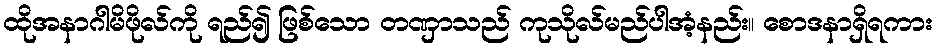
ထိုအနာဂါမိဖိုလ်ကို ရည်၍ ဖြစ်သော တဏှာသည် ကုသိုလ်မည်ပါအံ့နည်း။ စောဒနာရှိရကား